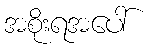
အစိုးရအပေါ်